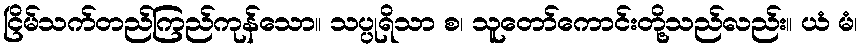
ငြိမ်သက်တည်ကြည်ကုန်သော။ သပ္ပုရိသာ စ၊ သူတော်ကောင်းတို့သည်လည်း။ ယံ မံ၊